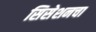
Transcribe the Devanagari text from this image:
सिसेशनचा